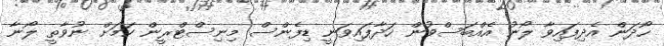
ހޯދަން އެދިފައިވާ ލޯނު އެއްބަސްވުން ހަދާފައިވަނީ ޑިފެންސް މިނިސްޓްރީން ކަމަށް ނުވާތީ ލޯނާ